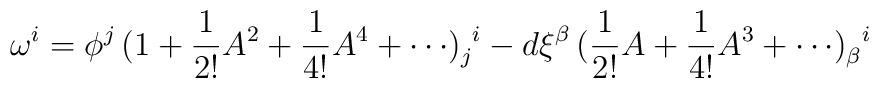
\omega^i = \phi^j \, ( {\rm 1} + \frac{1}{2!} A^2 + \frac{1}{4!} A^4 +\cdots )_j^{\,\,\, i} - d\xi^{\beta} \, (\frac{1}{2!} A + \frac{1}{4!} A^3 +\cdots)_{\beta}^{\,\,\,\,i}